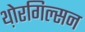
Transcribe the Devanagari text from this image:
थ़ोरगिल्सन